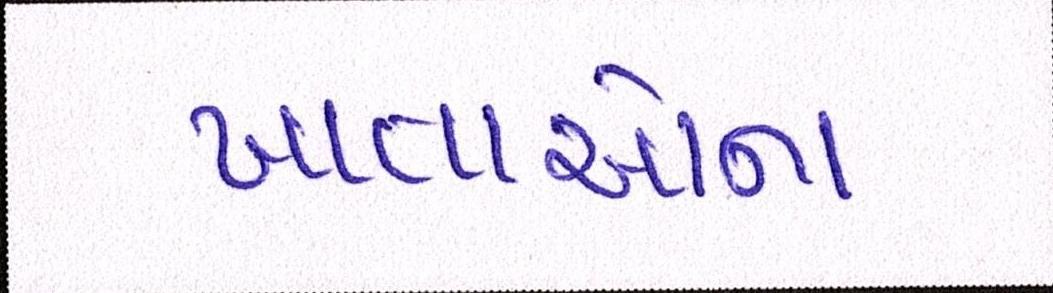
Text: ખાતાઓના